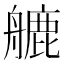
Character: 𦪇